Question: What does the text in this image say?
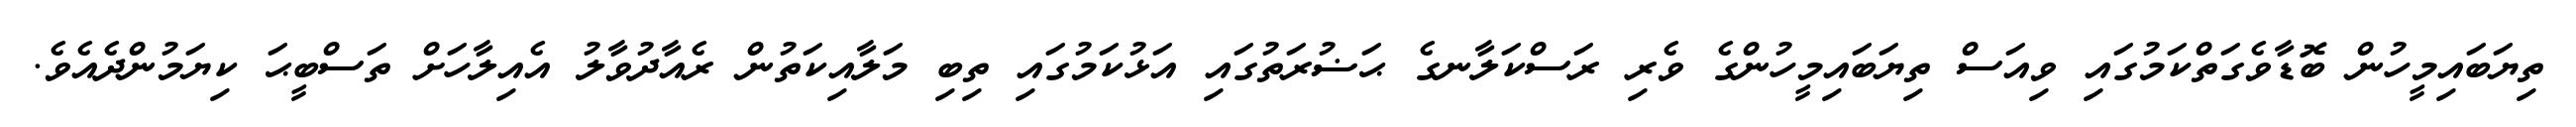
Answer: ތިޔަބައިމީހުން ބޮޑާވެގަތްކަމުގައި ވިއަސް ތިޔަބައިމީހުންގެ ވެރި ރަސްކަލާނގެ ޙަޟުރަތުގައި އަޅުކަމުގައި ތިބި މަލާއިކަތުން ރެއާދުވާލު އެއިލާހަށް ތަސްބީޙަ ކިޔަމުންދެއެވެ.